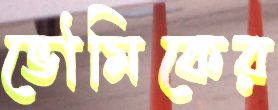
ভৌমিকের